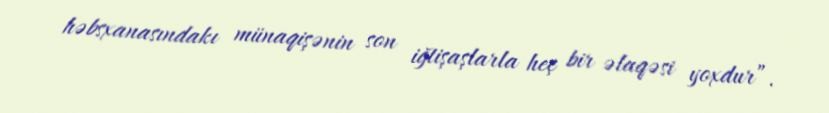
həbsxanasındakı münaqişənin son iğtişaşlarla heç bir əlaqəsi yoxdur”.